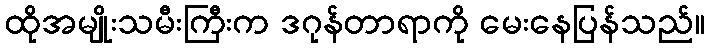
ထိုအမျိုးသမီးကြီးက ဒဂုန်တာရာကို မေးနေပြန်သည်။